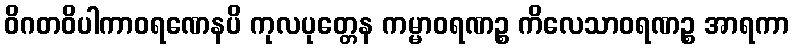
ဝိဂတဝိပါကာဝရဏေနပိ ကုလပုတ္တေန ကမ္မာဝရဏဉ္စ ကိလေသာဝရဏဉ္စ အာရကာ